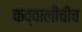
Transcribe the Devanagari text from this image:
कव्वालीचीच